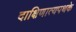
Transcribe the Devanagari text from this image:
दाक्षिणात्यपथके